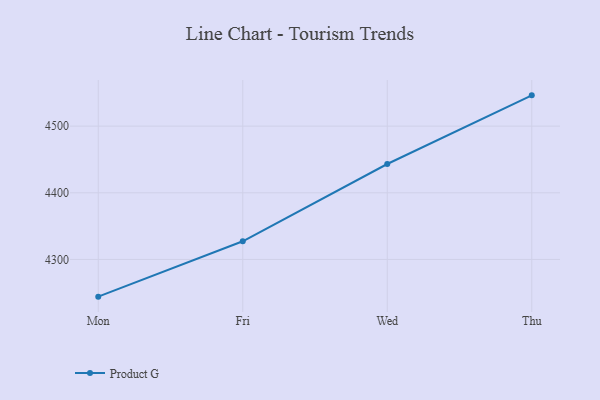
{"axis": {"x": "Day", "y": "Temperature (°C)"}, "legend": ["Product G"], "data": [{"x": "Mon", "y": 4244.2, "type": "Product G"}, {"x": "Fri", "y": 4327.3, "type": "Product G"}, {"x": "Wed", "y": 4443.2, "type": "Product G"}, {"x": "Thu", "y": 4546.2, "type": "Product G"}]}